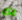
بك